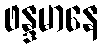
ဖန္ဒမာနေ